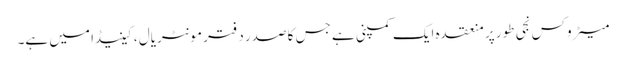
میٹروکس نجی طور پر منعقدہ ایک کمپنی ہے جس کا صدر دفتر مونٹریال ، کینیڈا میں ہے۔